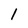
Character: 1